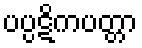
ပပ္ပဋိကပတ္တာ